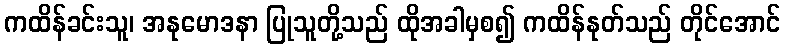
ကထိန်ခင်းသူ၊ အနုမောဒနာ ပြုသူတို့သည် ထိုအခါမှစ၍ ကထိန်နုတ်သည် တိုင်အောင်